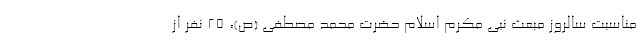
مناسبت سالروز مبعث نبی مکرم اسلام حضرت محمد مصطفی (ص)، ۲۵ نفر از